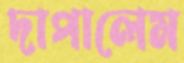
দাপালেম